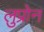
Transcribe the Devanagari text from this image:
लुप्रोन